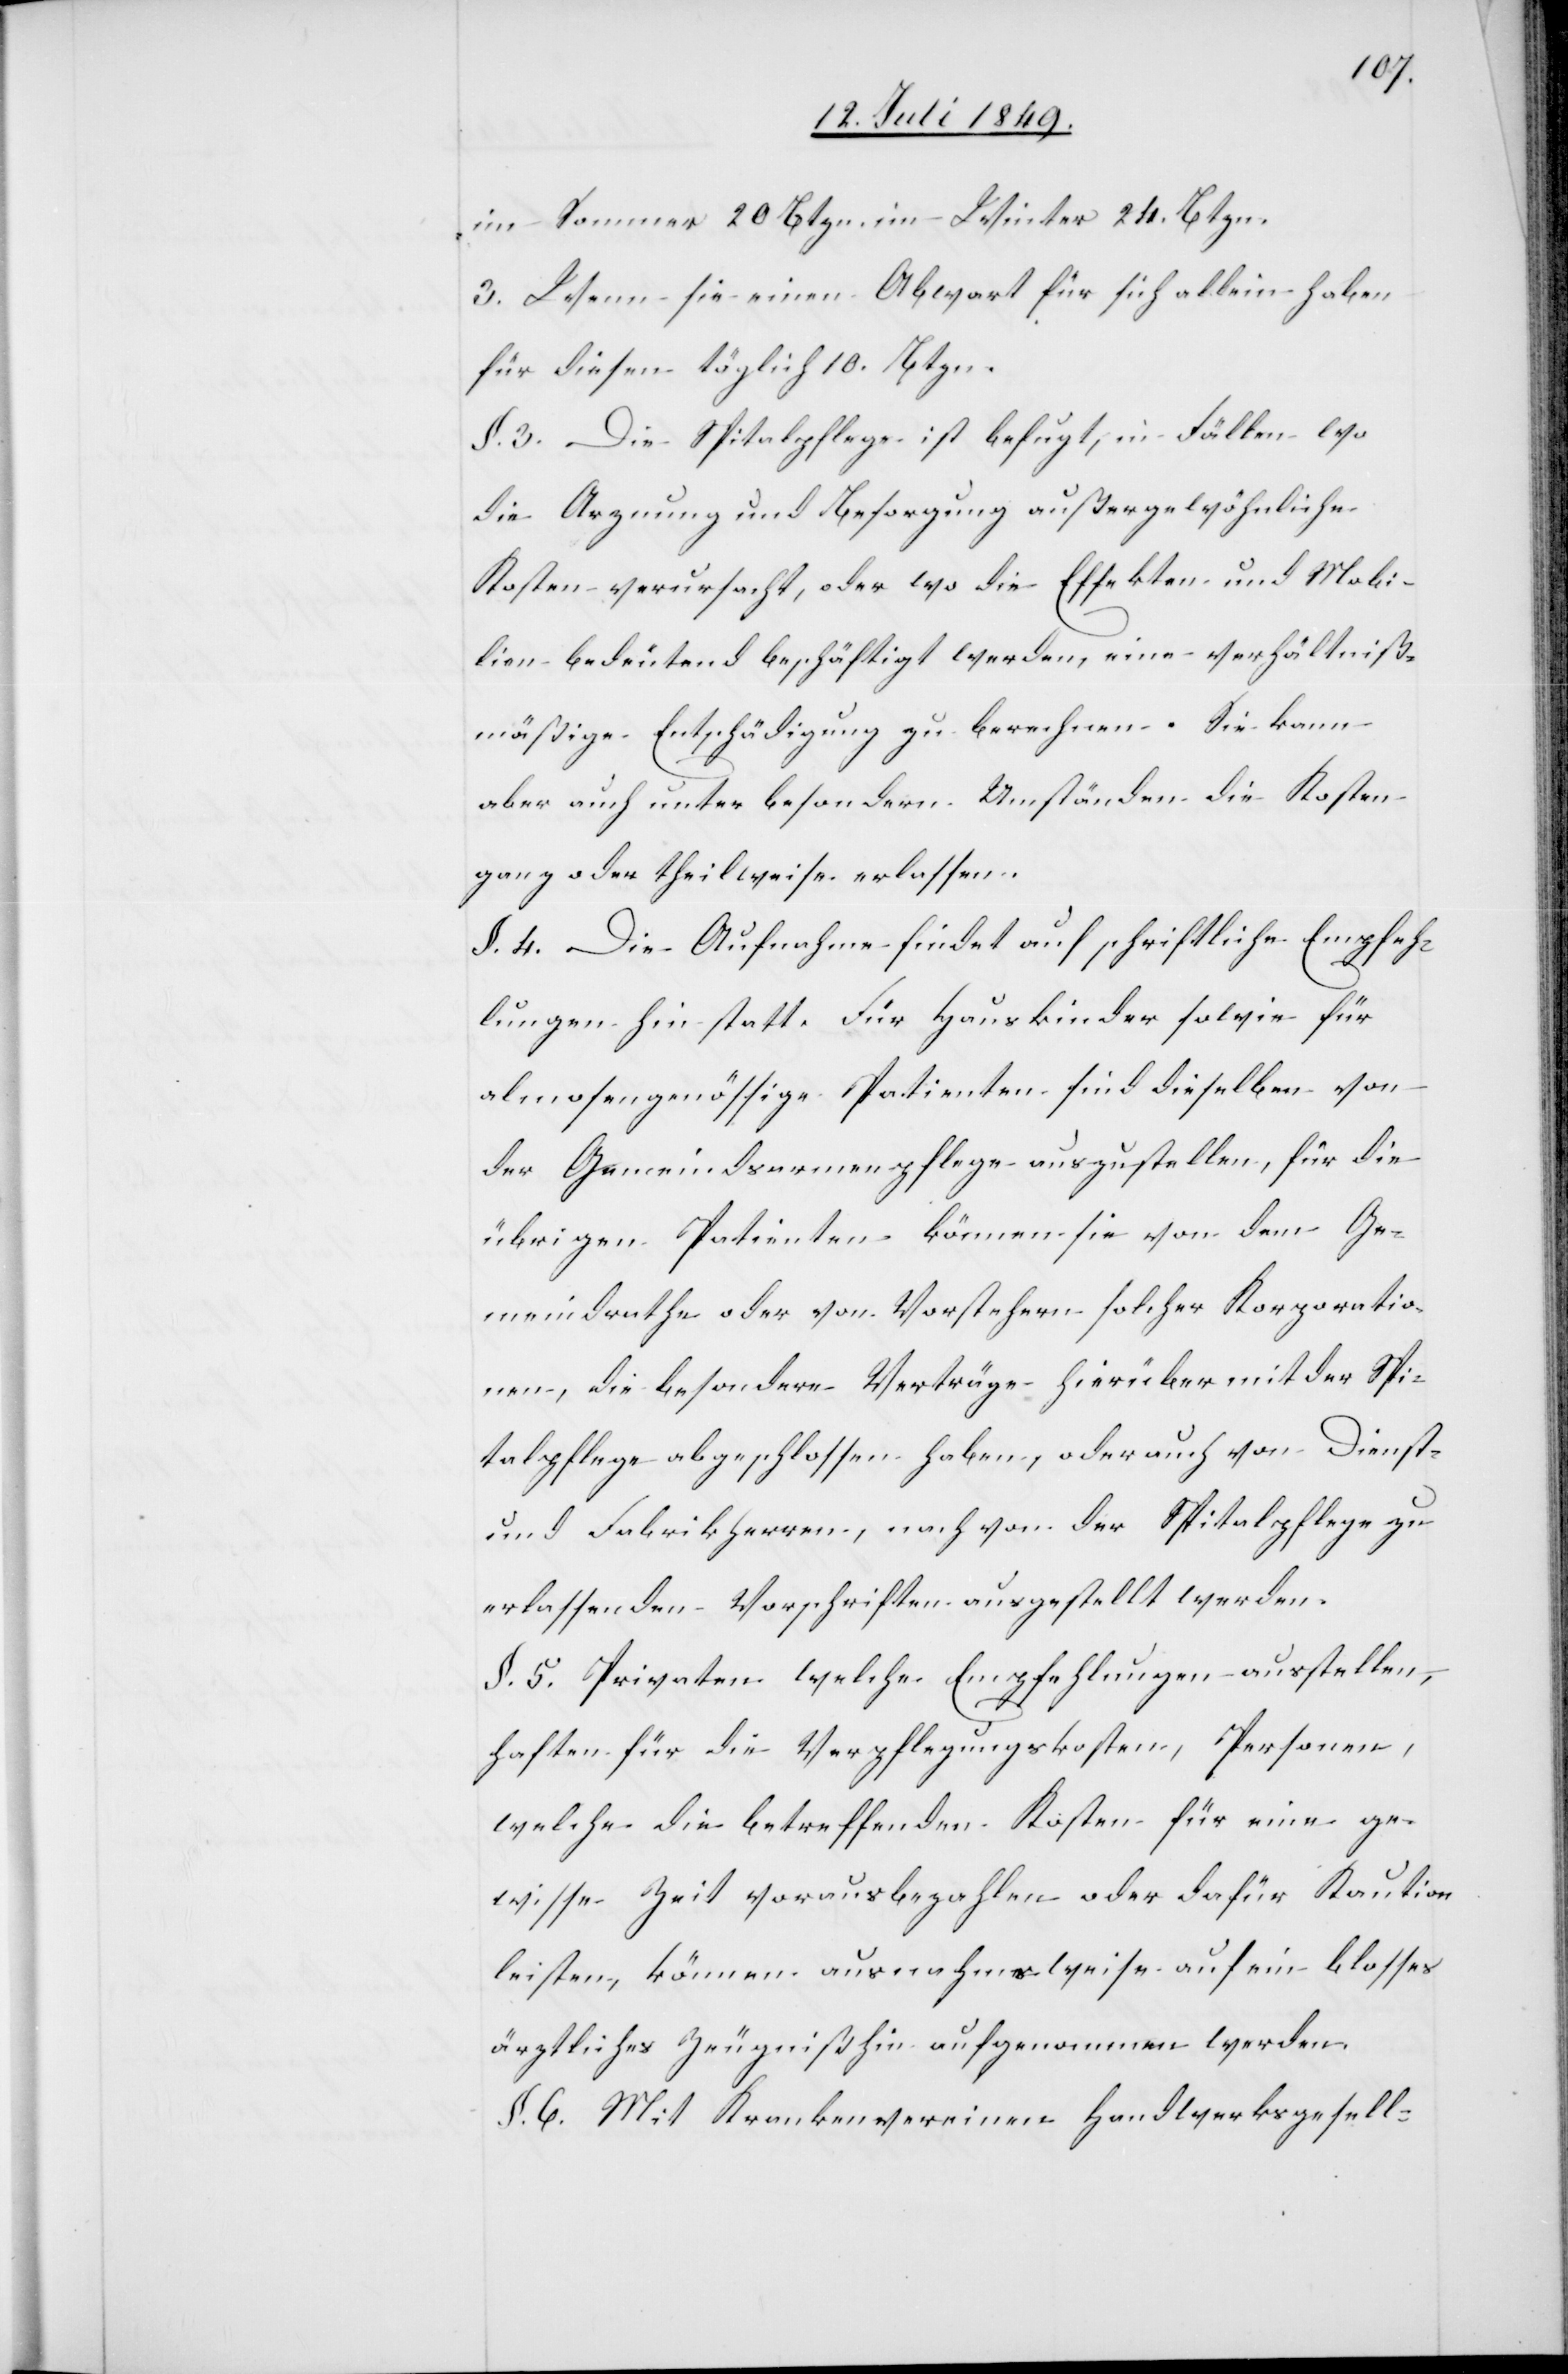
im Sommer 20 Btzn. im Winter 24. Btzn.
3. Wenn sie einen Abwart für sich allein haben
für diesen täglich 10. Btzn.
§. 3. Die Spitalpflege ist befugt, in Fällen wo
die Arznung und Besorgung außergewöhnliche
Kosten verursacht, oder wo die Effekten und Mobi¬
lien bedeutend beschäftigt werden, eine verhältniß¬
mäßige Entschädigung zu berechnen. Sie kann
aber auch unter besondern Umständen die Kosten
ganz oder theilweise erlassen.
§. 4. Die Aufnahme findet auf schriftliche Empfeh¬
lungen hin statt. Für Hauskinder sowie für
almosengenössige Patienten sind dieselben von
der Gemeindsarmenpflege auszustellen, für die
übrigen Patienten kämen sie von dem Ge¬
meindrathe oder von Vorstehern solcher Korporatio¬
nen, die besondere Verträge hierüber mit der Spi¬
talpflege abgeschlossen haben, oder auch von Dienst-
und Fabrikherren, noch von der Spitalpflege zu
erlassenden Vorschriften ausgestellt werden.
§. 5. Privaten welche Empfehlungen ausstellen,
haften für die Verpflegungskosten, Personen,
welche die betreffenden Kosten für eine ge¬
wisse Zeit vorausbezahlen oder dafür Kaution
leisten, können ausnahmsweise auf ein blosses
ärztliches Zeugniß hin aufgenommen werden.
§. 6. Mit Krankenvereinen Handwerksgesell-